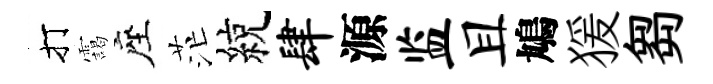
打靄座茫綂肆源监且鳩猨芻